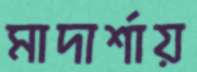
মাদার্শায়